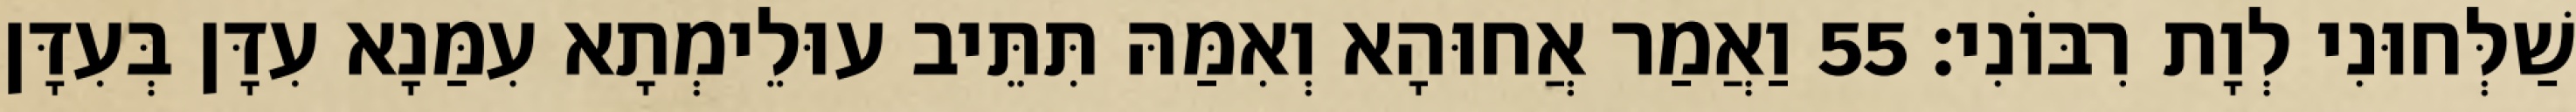
שַׁלְּחוּנִי לְוָת רִבּוֹנִי׃ 55 וַאֲמַר אֲחוּהָא וְאִמַּהּ תִּתֵּיב עוּלֵימְתָא עִמַּנָא עִדָּן בְּעִדָּן